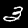
Digit: 3